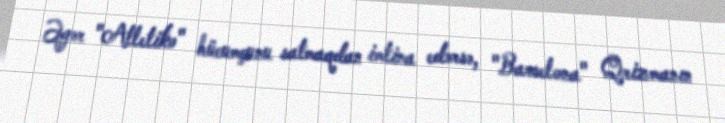
Əgər "Atletiko" hücumçunu satmaqdan imtina edərsə, "Barselona" Qrizmanın